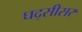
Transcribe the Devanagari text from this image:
घद्सीसर